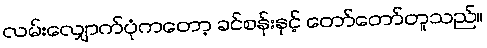
လမ်းလျှောက်ပုံကတော့ ခင်စန်းနှင့် တော်တော်တူသည်။